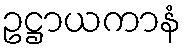
ဥဋ္ဌာယကာနံ